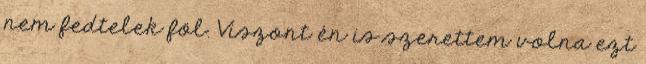
nem fedtelek föl. Viszont én is szerettem volna ezt